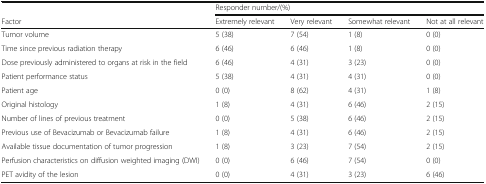
|  | <COLSPAN=4> Responder number/(%) |
 | Factor | Extremely relevant | Very relevant | Somewhat relevant | Not at all relevant |
 | --- | --- | --- | --- | --- |
 | Tumor volume | 5 (38) | 7 (54) | 1 (8) | 0 (0) |
 | Time since previous radiation therapy | 6 (46) | 6 (46) | 1 (8) | 0 (0) |
 | Dose previously administered to organs at risk in the field | 6 (46) | 4 (31) | 3 (23) | 0 (0) |
 | Patient performance status | 5 (38) | 4 (31) | 4 (31) | 0 (0) |
 | Patient age | 0 (0) | 8 (62) | 4 (31) | 1 (8) |
 | Original histology | 1 (8) | 4 (31) | 6 (46) | 2 (15) |
 | Number of lines of previous treatment | 0 (0) | 5 (38) | 6 (46) | 2 (15) |
 | Previous use of Bevacizumab or Bevacizumab failure | 1 (8) | 4 (31) | 6 (46) | 2 (15) |
 | Available tissue documentation of tumor progression | 1 (8) | 3 (23) | 7 (54) | 2 (15) |
 | Perfusion characteristics on diffusion weighted imaging (DWI) | 0 (0) | 6 (46) | 7 (54) | 0 (0) |
 | PET avidity of the lesion | 0 (0) | 4 (31) | 3 (23) | 6 (46) |